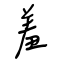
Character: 羞